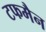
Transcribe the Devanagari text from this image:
टफमैन